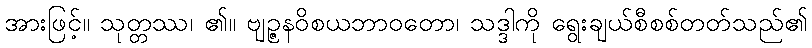
အားဖြင့်။ သုတ္တဿ၊ ၏။ ဗျဉ္ဇနဝိစယဘာဝတော၊ သဒ္ဒါကို ရွေးချယ်စီစစ်တတ်သည်၏